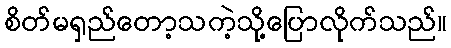
စိတ်မရှည်တော့သကဲ့သို့ပြောလိုက်သည်။